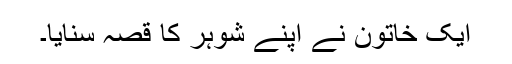
ایک خاتون نے اپنے شوہر کا قصہ سنایا۔